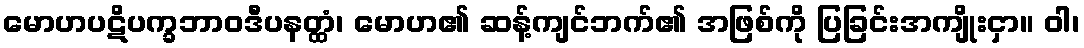
မောဟပဋိပက္ခဘာဝဒီပနတ္ထံ၊ မောဟ၏ ဆန့်ကျင်ဘက်၏ အဖြစ်ကို ပြခြင်းအကျိုးငှာ။ ဝါ၊